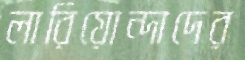
লারিয়োন্দাদের